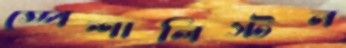
স্পেশালিস্টন